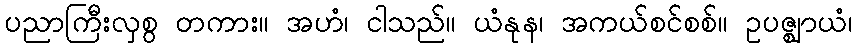
ပညာကြီးလှစွ တကား။ အဟံ၊ ငါသည်။ ယံနုန၊ အကယ်စင်စစ်။ ဥပဇ္ဈာယံ၊